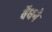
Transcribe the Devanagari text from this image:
बॅधने